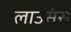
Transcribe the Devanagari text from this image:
लाउसंस